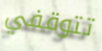
تتوقفي